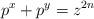
LaTeX: \begin{align*}p^x + p^y = z^{2n}\end{align*}